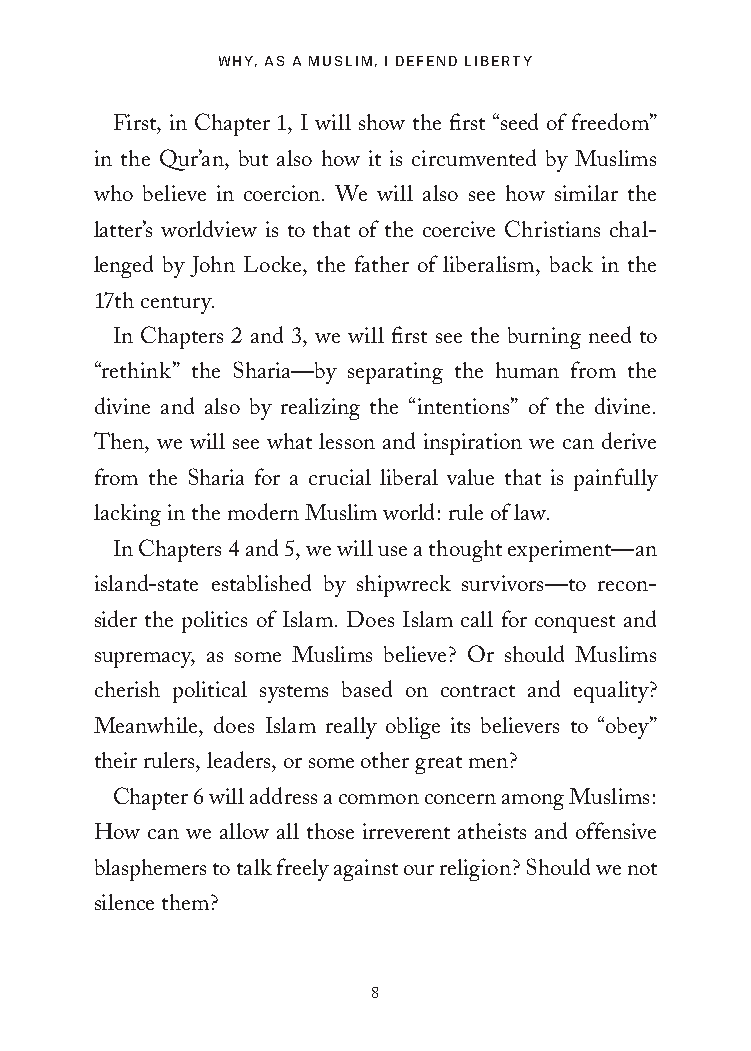
WHY, AS A MUSLIM, I DEFEND LIBERTY
 First, in Chapter 1, I will show the first “seed of freedom”
 in the Qur’an, but also how it is circumvented by Muslims
 who believe in coercion. We will also see how similar the
 latter’s worldview is to that of the coercive Christians chal-
 lenged by John Locke, the father of liberalism, back in the
 17th century.
 In Chapters 2 and 3, we will first see the burning need to
 “rethink” the Sharia—by separating the human from the
 divine and also by realizing the “intentions” of the divine.
 Then, we will see what lesson and inspiration we can derive
 from the Sharia for a crucial liberal value that is painfully
 lacking in the modern Muslim world: rule of law.
 In Chapters 4 and 5, we will use a thought experiment—an
 island-state established by shipwreck survivors—to recon-
 sider the politics of Islam. Does Islam call for conquest and
 supremacy, as some Muslims believe? Or should Muslims
 cherish political systems based on contract and equality?
 Meanwhile, does Islam really oblige its believers to “obey”
 their rulers, leaders, or some other great men?
 Chapter 6 will address a common concern among Muslims:
 How can we allow all those irreverent atheists and offensive
 blasphemers to talk freely against our religion? Should we not
 silence them?
 8
 25320_Ch00_Introduction.indd 8          24/06/2021 8:14 AM